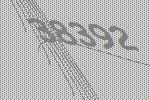
38392